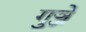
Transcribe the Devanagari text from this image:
गुञ्जे